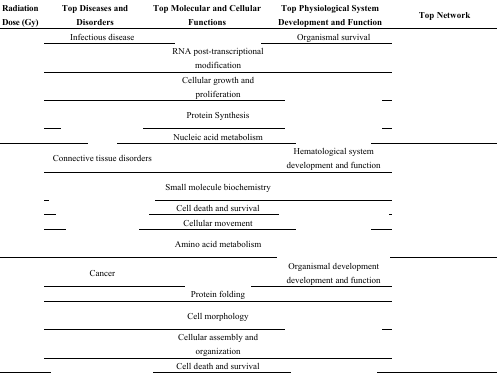
<table><thead><tr><td><b>Radiation Dose (Gy)</b></td><td><b>Top Diseases and Disorders</b></td><td><b>Top Molecular and Cellular Functions</b></td><td><b>Top Physiological System Development and Function</b></td><td><b>Top Network</b></td></tr></thead><tbody><tr><td rowspan="5">[EMPTY_CELL]</td><td>Infectious disease </td><td>[EMPTY_CELL]</td><td>Organismal survival</td><td rowspan="5">[EMPTY_CELL]</td></tr><tr><td>[EMPTY_CELL]</td><td>RNA post-transcriptional modification</td><td>[EMPTY_CELL]</td></tr><tr><td>[EMPTY_CELL]</td><td>Cellular growth and proliferation</td><td>[EMPTY_CELL]</td></tr><tr><td>[EMPTY_CELL]</td><td>Protein Synthesis</td><td>[EMPTY_CELL]</td></tr><tr><td>[EMPTY_CELL]</td><td>Nucleic acid metabolism</td><td>[EMPTY_CELL]</td></tr><tr><td rowspan="5">[EMPTY_CELL]</td><td>Connective tissue disorders </td><td>[EMPTY_CELL]</td><td>Hematological system development and function </td><td rowspan="5">[EMPTY_CELL]</td></tr><tr><td>[EMPTY_CELL]</td><td>Small molecule biochemistry</td><td>[EMPTY_CELL]</td></tr><tr><td>[EMPTY_CELL]</td><td>Cell death and survival</td><td>[EMPTY_CELL]</td></tr><tr><td>[EMPTY_CELL]</td><td>Cellular movement</td><td>[EMPTY_CELL]</td></tr><tr><td>[EMPTY_CELL]</td><td>Amino acid metabolism</td><td>[EMPTY_CELL]</td></tr><tr><td rowspan="5">[EMPTY_CELL]</td><td>Cancer </td><td>[EMPTY_CELL]</td><td>Organismal development development and function </td><td rowspan="5">[EMPTY_CELL]</td></tr><tr><td>[EMPTY_CELL]</td><td>Protein folding</td><td>[EMPTY_CELL]</td></tr><tr><td>[EMPTY_CELL]</td><td>Cell morphology</td><td>[EMPTY_CELL]</td></tr><tr><td>[EMPTY_CELL]</td><td>Cellular assembly and organization</td><td>[EMPTY_CELL]</td></tr><tr><td>[EMPTY_CELL]</td><td>Cell death and survival</td><td>[EMPTY_CELL]</td></tr></tbody></table>